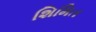
શિમિત